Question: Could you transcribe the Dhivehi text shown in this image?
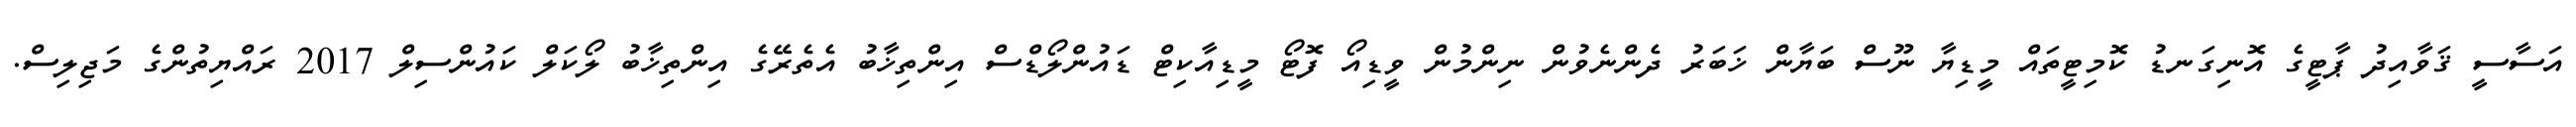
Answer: އަސާސީ ޤަވާއިދު ޕާޓީގެ އޮނިގަނޑު ކޮމިޓީތައް މީޑިޔާ ނޫސް ބަޔާން ޚަބަރު ދެންނެވުން ނިންމުން ވީޑިއޯ ފޮޓޯ މީޑިއާކިޓް ޑައުންލޯޑްސް އިންތިޚާބު އެތެރޭގެ އިންތިޚާބު ލޯކަލް ކައުންސިލް 2017 ރައްޔިތުންގެ މަޖިލިސް.